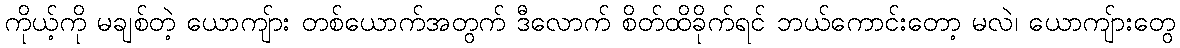
ကိုယ့်ကို မချစ်တဲ့ ယောကျ်ား တစ်ယောက်အတွက် ဒီလောက် စိတ်ထိခိုက်ရင် ဘယ်ကောင်းတော့ မလဲ၊ ယောကျ်ားတွေ